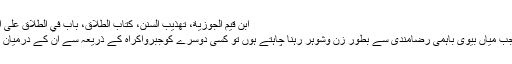
ابن قيم الجوزية، تهذيب السنن، كتاب الطلاق، باب في الطلاق على الهزل، 2: 912، الرياض: مكتبة المعارف
مذکورہ بالا تصریحات سے ثابت ہوا کہ جب میاں بیوی باہمی رضامندی سے بطورِ زن وشوہر رہنا چاہتے ہوں تو کسی دوسرے کوجبرواکراہ کے ذریعہ سے اُن کے درمیان علیحدگی کروانے کا حق حاصل نہیں ہے۔